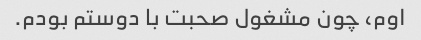
اوم، چون مشغول صحبت با دوستم بودم.